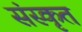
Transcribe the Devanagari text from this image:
संस्कृत